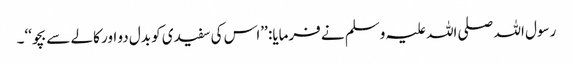
رسول اللہ صلی اللہ علیہ وسلم نے فرمایا: ’’اس کی سفیدی کو بدل دو اور کالے سے بچو‘‘۔